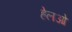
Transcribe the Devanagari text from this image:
हेलओ